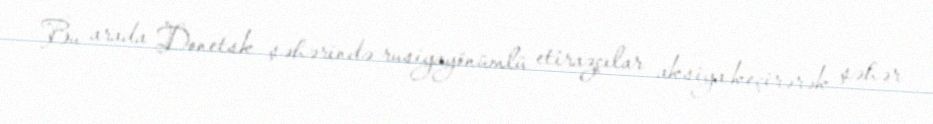
Bu arada Donetsk şəhərində rusiyayönümlü etirazçılar aksiya keçirərək şəhər